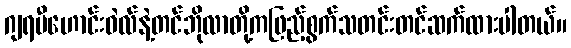
ဂျရမီဟောင်းဝဲလ်နဲ့တင်ဘိုလာတို့ကဖြည့်စွက်သတင်းတင်ဆက်ထားပါတယ်။